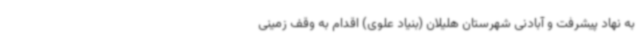
به نهاد پیشرفت و آبادنی شهرستان هلیلان (بنیاد علوی) اقدام به وقف زمینی